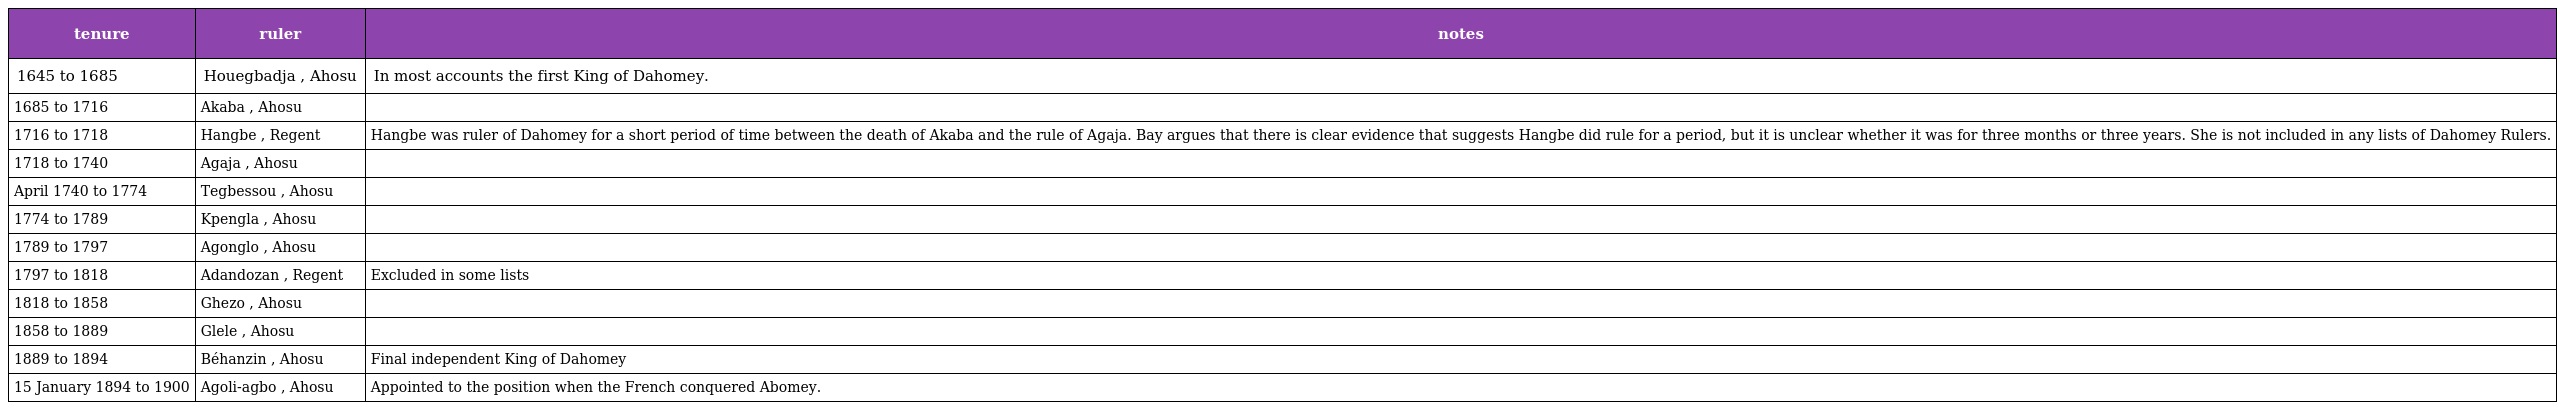
| tenure | ruler | notes |
 | --- | --- | --- |
 | 1645 to 1685 | Houegbadja , Ahosu | In most accounts the first King of Dahomey. |
 | 1685 to 1716 | Akaba , Ahosu |  |
 | 1716 to 1718 | Hangbe , Regent | Hangbe was ruler of Dahomey for a short period of time between the death of Akaba and the rule of Agaja. Bay argues that there is clear evidence that suggests Hangbe did rule for a period, but it is unclear whether it was for three months or three years. She is not included in any lists of Dahomey Rulers. |
 | 1718 to 1740 | Agaja , Ahosu |  |
 | April 1740 to 1774 | Tegbessou , Ahosu |  |
 | 1774 to 1789 | Kpengla , Ahosu |  |
 | 1789 to 1797 | Agonglo , Ahosu |  |
 | 1797 to 1818 | Adandozan , Regent | Excluded in some lists |
 | 1818 to 1858 | Ghezo , Ahosu |  |
 | 1858 to 1889 | Glele , Ahosu |  |
 | 1889 to 1894 | Béhanzin , Ahosu | Final independent King of Dahomey |
 | 15 January 1894 to 1900 | Agoli-agbo , Ahosu | Appointed to the position when the French conquered Abomey. |